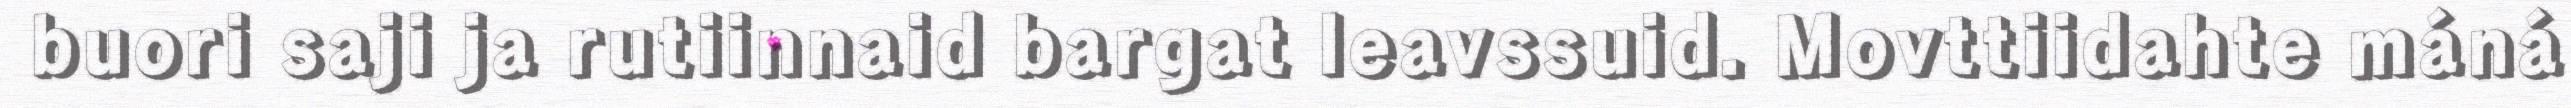
buori saji ja rutiinnaid bargat leavssuid. Movttiidahte máná